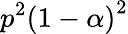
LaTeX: p^{2}\left(1-\alpha\right)^{2}